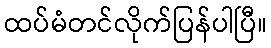
ထပ်မံတင်လိုက်ပြန်ပါပြီ။